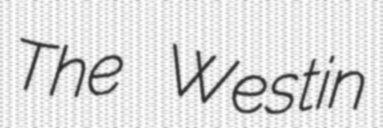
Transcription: The Westin